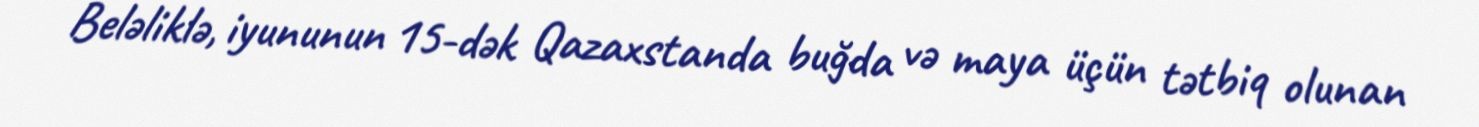
Beləliklə, iyununun 15-dək Qazaxstanda buğda və maya üçün tətbiq olunan